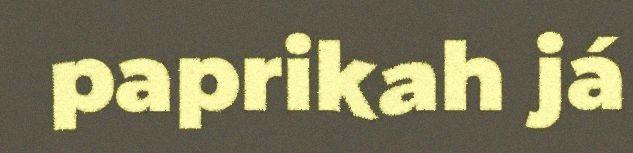
paprikah já